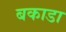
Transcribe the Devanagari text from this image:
बकाडा